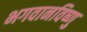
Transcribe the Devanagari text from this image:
भगवानविष्णु